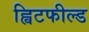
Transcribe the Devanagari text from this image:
ह्विटफील्ड